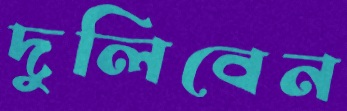
দুলিবেন